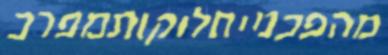
מהפכנייחלוקותמפרכ